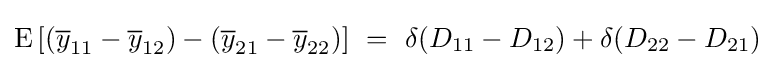
\operatorname {E} \left[({\overline {y}}_{11}-{\overline {y}}_{12})-({\overline {y}}_{21}-{\overline {y}}_{22})\right]~=~\delta (D_{11}-D_{12})+\delta (D_{22}-D_{21})